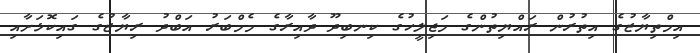
އިމްތިޔާޒުގެ އިތުރުން ރައްޔިތުންގެ މަޖިލީހުގެ ކިނބިދޫ ދާއިރާގެ މެމްބަރު އަބްދު ރިޔާޒުގެ ގައިކޮޅަށާއި